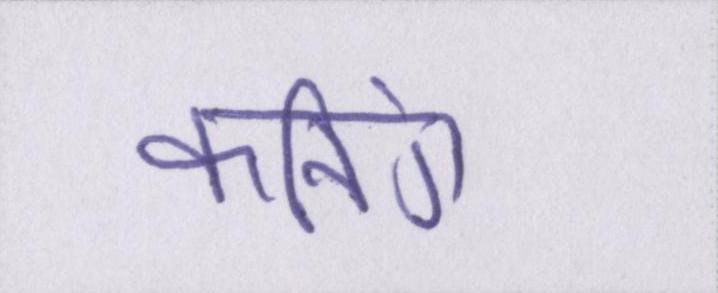
कनिंग